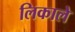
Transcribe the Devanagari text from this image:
लिकाले